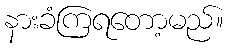
နားခံကြရတော့မည်။